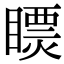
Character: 𥋄